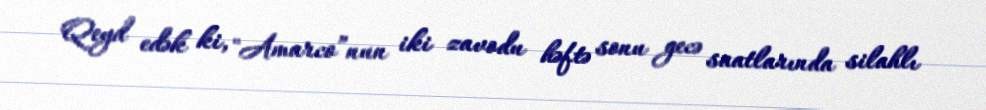
Qeyd edək ki, "Amarco”nun iki zavodu həftə sonu gecə saatlarında silahlı